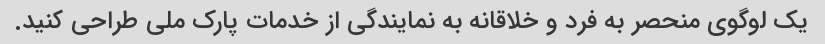
یک لوگوی منحصر به فرد و خلاقانه به نمایندگی از خدمات پارک ملی طراحی کنید.